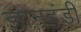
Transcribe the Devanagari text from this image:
ज्ञानहंडी